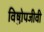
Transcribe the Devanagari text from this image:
विष्ठोपजीवी